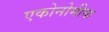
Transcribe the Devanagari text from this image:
एकोनोमीक